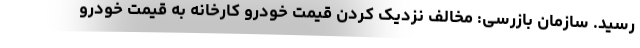
رسید. سازمان بازرسی: مخالف نزدیک کردن قیمت خودرو کارخانه به قیمت خودرو